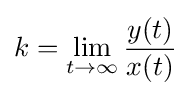
k=\lim _{t\to \infty }{\dfrac {y(t)}{x(t)}}